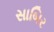
સાબિર